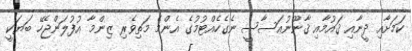
ކަމަށާއި ދީނާއި ޤައުމާއި ޤާނޫނުއަސާސީ ނެގެހެއްޓުމުގެ އެންމެ މަތިވެރި ޒިންމާ އުފުލަންޖެހޭ ބަޔަކީ